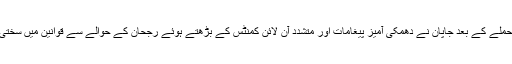
ٹومیٹا پر حملے کے بعد جاپان نے دھمکی آمیز پیغامات اور متشدد آن لائن کمنٹس کے بڑھتے ہوئے رجحان کے حوالے سے قوانین میں سختی لائی ہے۔